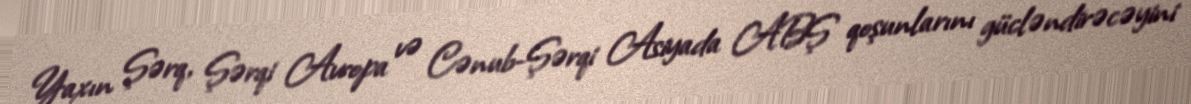
Yaxın Şərq, Şərqi Avropa və Cənub-Şərqi Asiyada ABŞ qoşunlarını gücləndirəcəyini